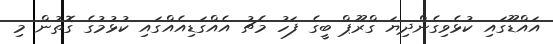
އައްޑޫގައި ކުޅެވިގެންދިޔަ ގްރޫޕް ބީގެ ފަހު މެޗު އެއްގަޑިއެއްގައި ކުޅުމުގެ ގޮތުން މި